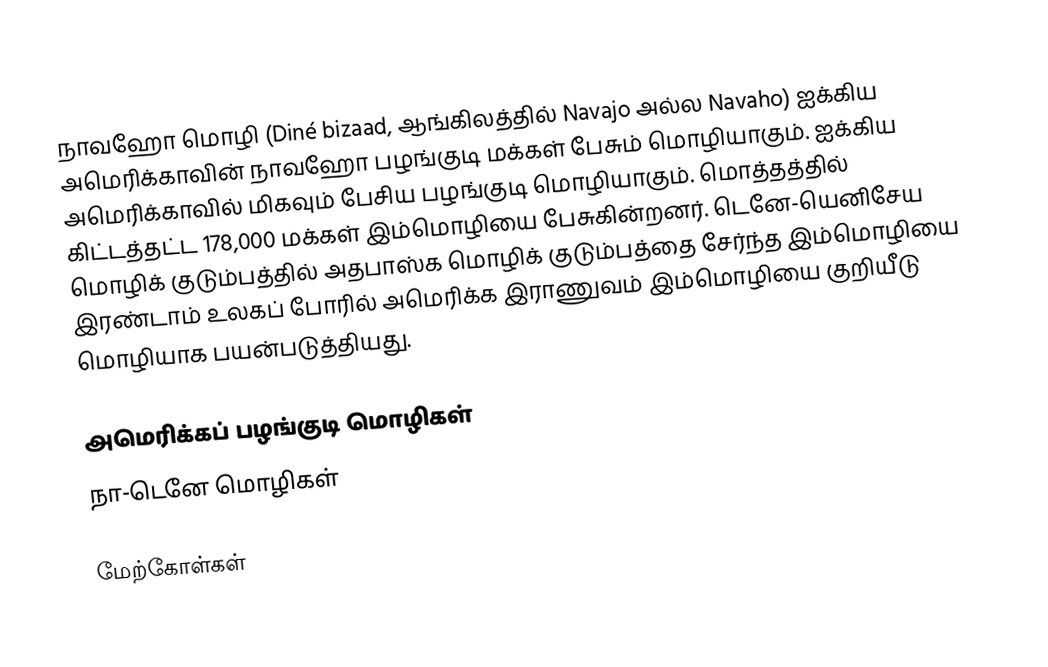
நாவஹோ மொழி (Diné bizaad, ஆங்கிலத்தில் Navajo அல்ல Navaho) ஐக்கிய அமெரிக்காவின் நாவஹோ பழங்குடி மக்கள் பேசும் மொழியாகும். ஐக்கிய அமெரிக்காவில் மிகவும் பேசிய பழங்குடி மொழியாகும். மொத்தத்தில் கிட்டத்தட்ட 178,000 மக்கள் இம்மொழியை பேசுகின்றனர். டெனே-யெனிசேய மொழிக் குடும்பத்தில் அதபாஸ்க மொழிக் குடும்பத்தை சேர்ந்த இம்மொழியை இரண்டாம் உலகப் போரில் அமெரிக்க இராணுவம் இம்மொழியை குறியீடு மொழியாக பயன்படுத்தியது.

அமெரிக்கப் பழங்குடி மொழிகள்
நா-டெனே மொழிகள்

மேற்கோள்கள்